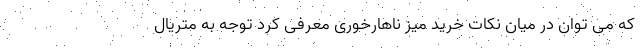
که می توان در میان نکات خرید میز ناهارخوری معرفی کرد توجه به متریال